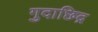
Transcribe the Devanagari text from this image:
गुदाछिद्र